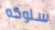
سلوكه